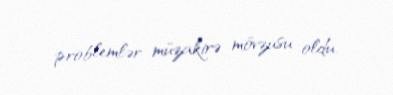
problemlər müzakirə mövzusu oldu.